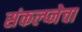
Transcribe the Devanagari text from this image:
संकल्प्नेचा